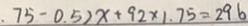
. 7 5 - 0 . 5 ) x + 9 2 \times 1 . 7 5 = 2 9 6